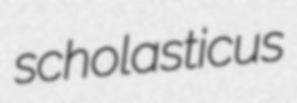
scholasticus